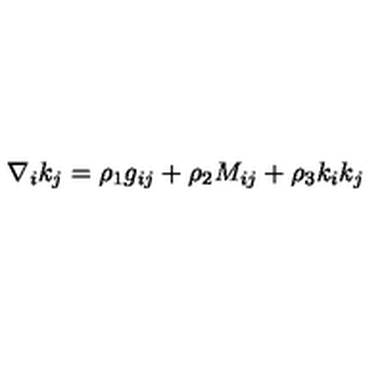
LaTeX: \nabla _ { i } k _ { j } = \rho _ { 1 } g _ { i j } + \rho _ { 2 } M _ { i j } + \rho _ { 3 } k _ { i } k _ { j }